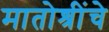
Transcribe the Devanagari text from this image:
मातोश्रींचे